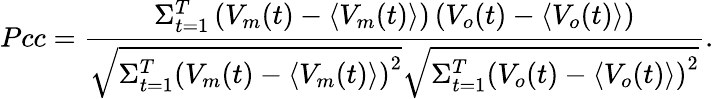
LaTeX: Pcc=\frac{\Sigma_{t=1}^{T}\left(V_{m}(t)-\langle V_{m}(t)\rangle\right)\left(V_{o}(t)-\langle V_{o}(t)\rangle\right)}{\sqrt{\Sigma_{t=1}^{T}\left(V_{m}(t)-\langle V_{m}(t)\rangle\right)^{2}}\sqrt{\Sigma_{t=1}^{T}\left(V_{o}(t)-\langle V_{o}(t)\rangle\right)^{2}}}.